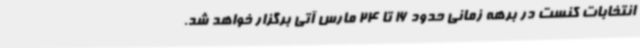
انتخابات کنست در برهه زمانی حدود 16 تا 24 مارس آتی برگزار خواهد شد.